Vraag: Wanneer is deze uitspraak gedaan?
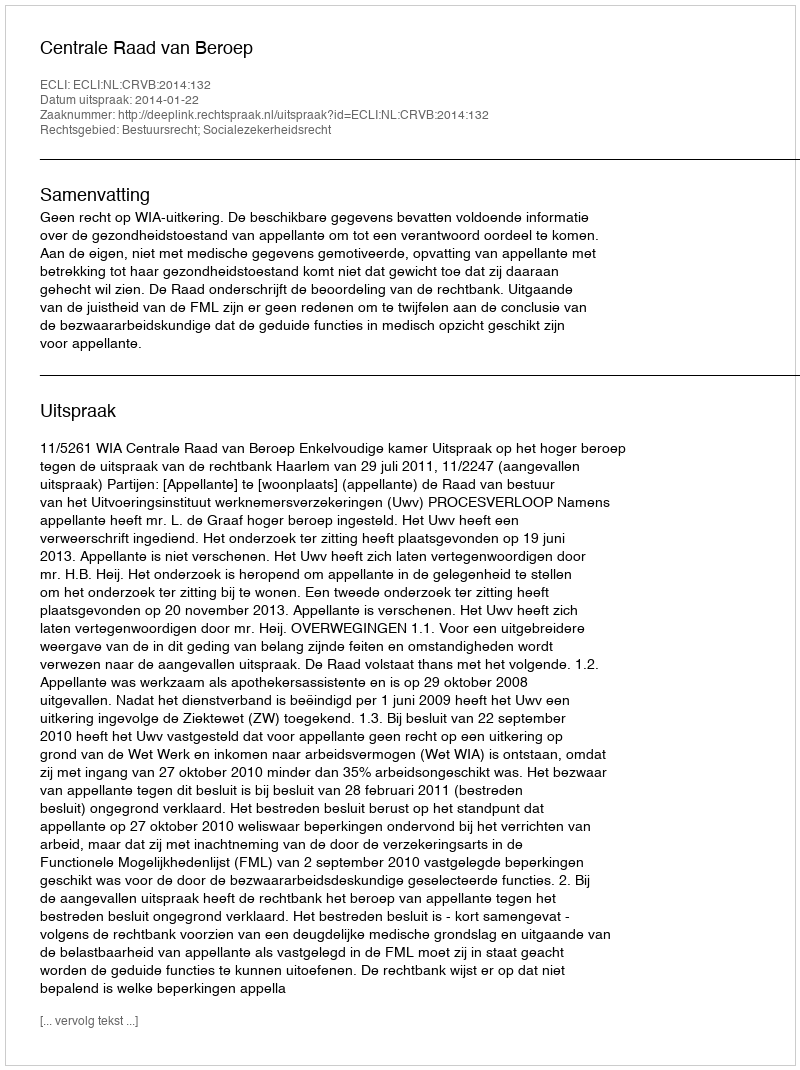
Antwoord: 2014-01-22